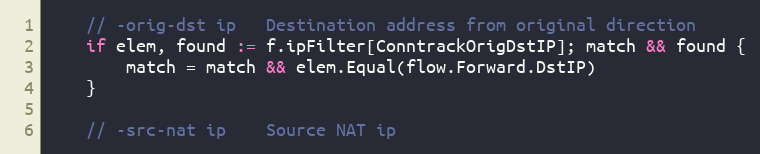
Language: Go
	// -orig-dst ip   Destination address from original direction
	if elem, found := f.ipFilter[ConntrackOrigDstIP]; match && found {
		match = match && elem.Equal(flow.Forward.DstIP)
	}

	// -src-nat ip    Source NAT ip